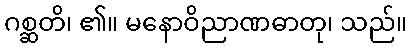
ဂစ္ဆတိ၊ ၏။ မနောဝိညာဏဓာတု၊ သည်။